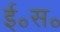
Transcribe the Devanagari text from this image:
ई॰स॰